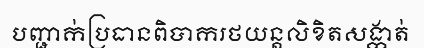
បញ្ជាក់ប្រធានពិបាករថយន្តលិខិតសង្កាត់